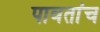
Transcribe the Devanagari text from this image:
पावतांच